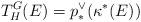
LaTeX: \begin{align*} T_H^G(E) = p_*^\vee(\kappa^*(E))\end{align*}